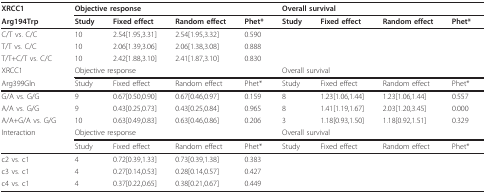
<table><thead><tr><td><b>XRCC1</b></td><td colspan="4"><b>Objective response</b></td><td colspan="4"><b>Overall survival</b></td></tr><tr><td><b>Arg194Trp</b></td><td><b>Study</b></td><td><b>Fixed effect</b></td><td><b>Random effect</b></td><td><b>Phet*</b></td><td><b>Study</b></td><td><b>Fixed effect</b></td><td><b>Random effect</b></td><td><b>Phet*</b></td></tr></thead><tbody><tr><td>C/T vs. C/C</td><td>10</td><td>2.54[1.95,3.31]</td><td>2.54[1.95,3.32]</td><td>0.590</td><td></td><td></td><td></td><td></td></tr><tr><td>T/T vs. C/C</td><td>10</td><td>2.06[1.39,3.06]</td><td>2.06[1.38,3.08]</td><td>0.888</td><td></td><td></td><td></td><td></td></tr><tr><td>T/T+C/T vs. C/C</td><td>10</td><td>2.42[1.88,3.10]</td><td>2.41[1.87,3.10]</td><td>0.830</td><td></td><td></td><td></td><td></td></tr><tr><td>XRCC1</td><td colspan="4">Objective response</td><td colspan="4">Overall survival</td></tr><tr><td>Arg399Gln</td><td>Study</td><td>Fixed effect</td><td>Random effect</td><td>Phet*</td><td>Study</td><td>Fixed effect</td><td>Random effect</td><td>Phet*</td></tr><tr><td>G/A vs. G/G</td><td>9</td><td>0.67[0.50,0.90]</td><td>0.67[0.46,0.97]</td><td>0.159</td><td>8</td><td>1.23[1.06,1.44]</td><td>1.23[1.06,1.44]</td><td>0.557</td></tr><tr><td>A/A vs. G/G</td><td>9</td><td>0.43[0.25,0.73]</td><td>0.43[0.25,0.84]</td><td>0.965</td><td>8</td><td>1.41[1.19,1.67]</td><td>2.03[1.20,3.45]</td><td>0.000</td></tr><tr><td>A/A+G/A vs. G/G</td><td>10</td><td>0.63[0.49,0.83]</td><td>0.63[0.46,0.86]</td><td>0.206</td><td>3</td><td>1.18[0.93,1.50]</td><td>1.18[0.92,1.51]</td><td>0.329</td></tr><tr><td>Interaction</td><td colspan="4">Objective response</td><td colspan="4">Overall survival</td></tr><tr><td></td><td>Study</td><td>Fixed effect</td><td>Random effect</td><td>Phet*</td><td>Study</td><td>Fixed effect</td><td>Random effect</td><td>Phet*</td></tr><tr><td>c2 vs. c1</td><td>4</td><td>0.72[0.39,1.33]</td><td>0.73[0.39,1.38]</td><td>0.383</td><td></td><td></td><td></td><td></td></tr><tr><td>c3 vs. c1</td><td>4</td><td>0.27[0.14,0.53]</td><td>0.28[0.14,0.57]</td><td>0.427</td><td></td><td></td><td></td><td></td></tr><tr><td>c4 vs. c1</td><td>4</td><td>0.37[0.22,0.65]</td><td>0.38[0.21,0.67]</td><td>0.449</td><td></td><td></td><td></td><td></td></tr></tbody></table>